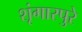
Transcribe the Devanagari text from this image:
शृंगारपुरे